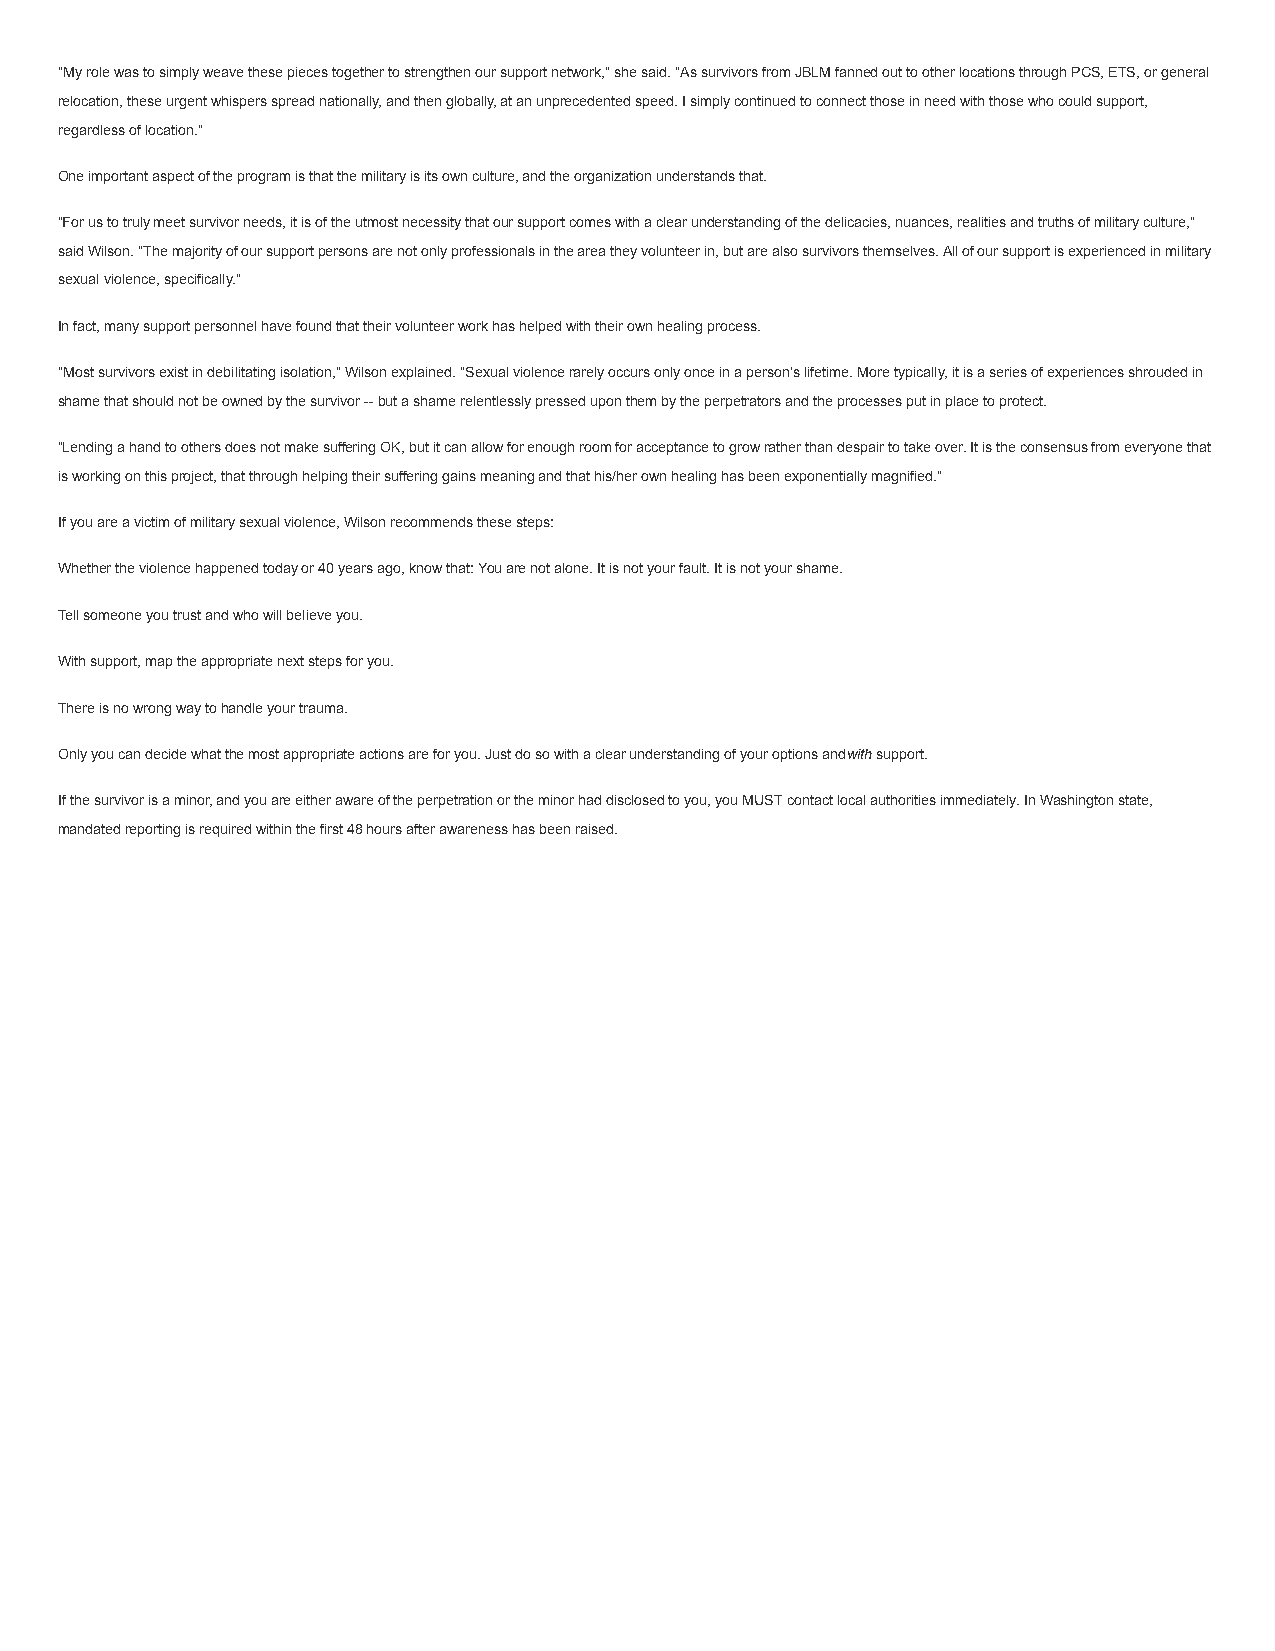
"My role was to simply weave these pieces together to strengthen our support network," she said. "As survivors from JBLM fanned out to other locations through PCS, ETS, or general
 relocation, these urgent whispers spread nationally, and then globally, at an unprecedented speed. I simply continued to connect those in need with those who could support,
 regardless of location."
 One important aspect of the program is that the military is its own culture, and the organization understands that.
 "For us to truly meet survivor needs, it is of the utmost necessity that our support comes with a clear understanding of the delicacies, nuances, realities and truths of military culture,"
 said Wilson. "The majority of our support persons are not only professionals in the area they volunteer in, but are also survivors themselves. All of our support is experienced in military
 sexual violence, specifically."
 In fact, many support personnel have found that their volunteer work has helped with their own healing process.
 "Most survivors exist in debilitating isolation," Wilson explained. "Sexual violence rarely occurs only once in a person's lifetime. More typically, it is a series of experiences shrouded in
 shame that should not be owned by the survivor -- but a shame relentlessly pressed upon them by the perpetrators and the processes put in place to protect.
 "Lending a hand to others does not make suffering OK, but it can allow for enough room for acceptance to grow rather than despair to take over. It is the consensus from everyone that
 is working on this project, that through helping their suffering gains meaning and that his/her own healing has been exponentially magnified."
 If you are a victim of military sexual violence, Wilson recommends these steps:
 Whether the violence happened today or 40 years ago, know that: You are not alone. It is not your fault. It is not your shame.
 Tell someone you trust and who will believe you.
 With support, map the appropriate next steps for you.
 There is no wrong way to handle your trauma.
 Only you can decide what the most appropriate actions are for you. Just do so with a clear understanding of your options andwith support.
 If the survivor is a minor, and you are either aware of the perpetration or the minor had disclosed to you, you MUST contact local authorities immediately. In Washington state,
 mandated reporting is required within the first 48 hours after awareness has been raised.